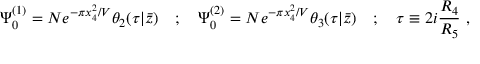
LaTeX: \Psi _ { 0 } ^ { ( 1 ) } = N e ^ { - \pi x _ { 4 } ^ { 2 } / V } \theta _ { 2 } ( \tau | \bar { z } ) \quad ; \quad \Psi _ { 0 } ^ { ( 2 ) } = N e ^ { - \pi x _ { 4 } ^ { 2 } / V } \theta _ { 3 } ( \tau | \bar { z } ) \quad ; \quad \tau \equiv 2 i { \frac { R _ { 4 } } { R _ { 5 } } } \ ,